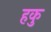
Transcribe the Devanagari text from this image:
हकु